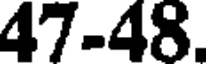
47-48.